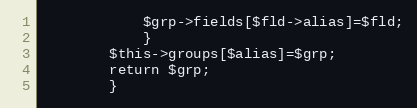
Language: PHP
			$grp->fields[$fld->alias]=$fld;
			}
		$this->groups[$alias]=$grp;
		return $grp;
		}